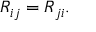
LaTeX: R _ { i j } = R _ { j i } .